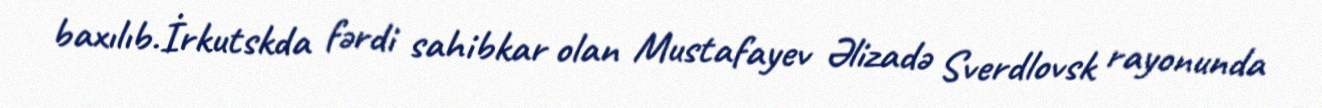
baxılıb.İrkutskda fərdi sahibkar olan Mustafayev Əlizadə Sverdlovsk rayonunda